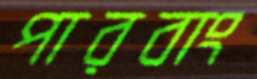
পারবাং